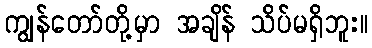
ကျွန်တော်တို့မှာ အချိန် သိပ်မရှိဘူး။